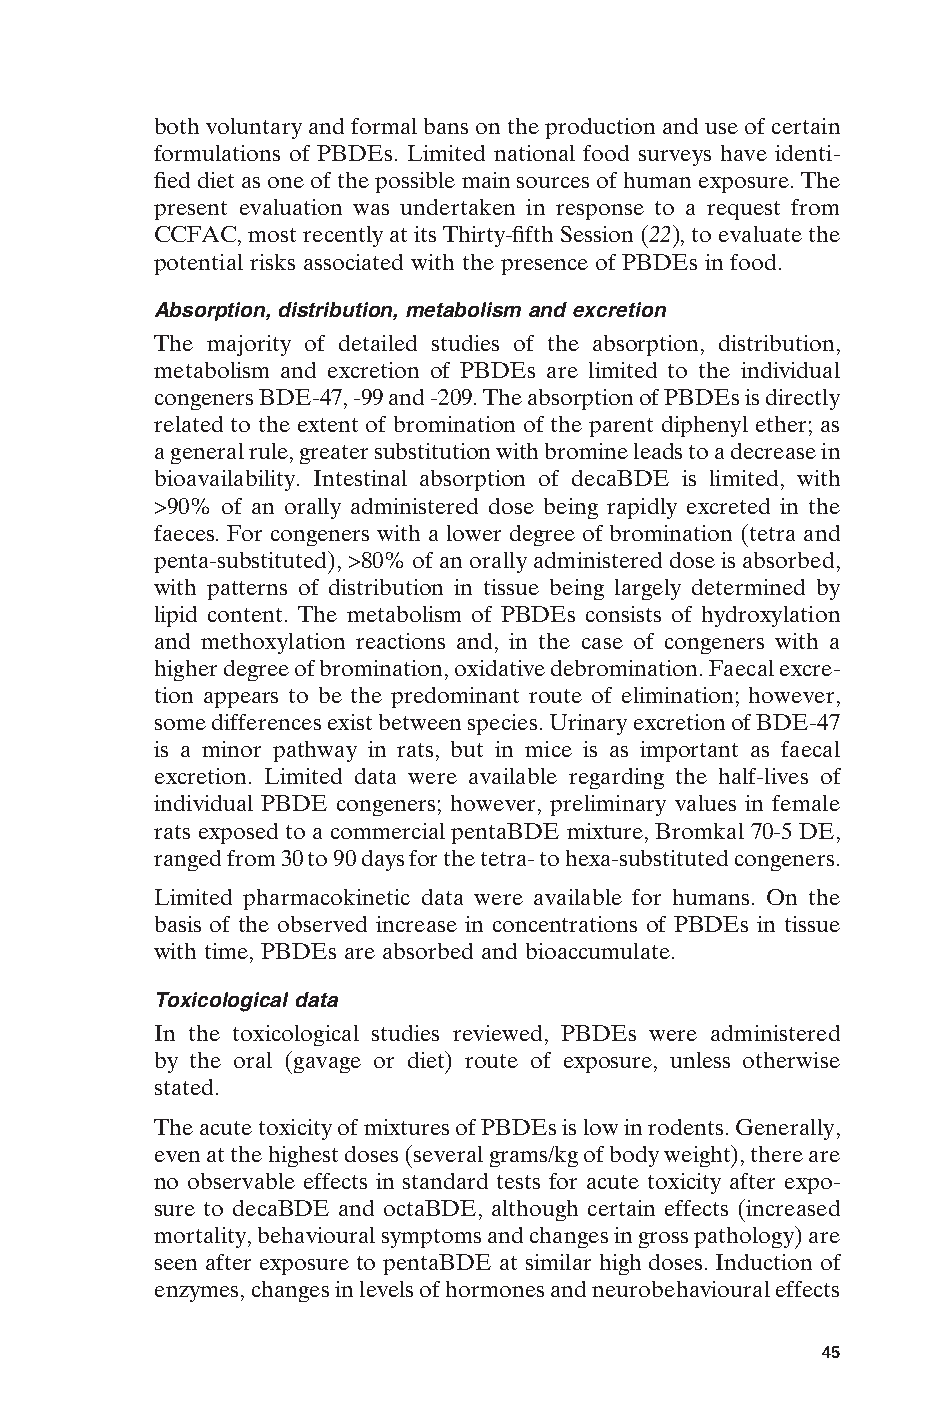
both voluntary and formal bans on the production and use of certain
 formulations of PBDEs. Limited national food surveys have identi-
 fied diet as one of the possible main sources of human exposure. The
 present evaluation was undertaken in response to a request from
 CCFAC, most recently at its Thirty-fifth Session (22), to evaluate the
 potential risks associated with the presence of PBDEs in food.
 Absorption, distribution, metabolism and excretion
 The majority of detailed studies of the absorption, distribution,
 metabolism and excretion of PBDEs are limited to the individual
 congeners BDE-47, -99 and -209. The absorption of PBDEs is directly
 related to the extent of bromination of the parent diphenyl ether; as
 a general rule, greater substitution with bromine leads to a decrease in
 bioavailability. Intestinal absorption of decaBDE is limited, with
 >90% of an orally administered dose being rapidly excreted in the
 faeces. For congeners with a lower degree of bromination (tetra and
 penta-substituted), >80% of an orally administered dose is absorbed,
 with patterns of distribution in tissue being largely determined by
 lipid content. The metabolism of PBDEs consists of hydroxylation
 and methoxylation reactions and, in the case of congeners with a
 higher degree of bromination, oxidative debromination. Faecal excre-
 tion appears to be the predominant route of elimination; however,
 some differences exist between species. Urinary excretion of BDE-47
 is a minor pathway in rats, but in mice is as important as faecal
 excretion. Limited data were available regarding the half-lives of
 individual PBDE congeners; however, preliminary values in female
 rats exposed to a commercial pentaBDE mixture, Bromkal 70-5 DE,
 ranged from 30 to 90 days for the tetra- to hexa-substituted congeners.
 Limited pharmacokinetic data were available for humans. On the
 basis of the observed increase in concentrations of PBDEs in tissue
 with time, PBDEs are absorbed and bioaccumulate.
 Toxicological data
 In the toxicological studies reviewed, PBDEs were administered
 by the oral (gavage or diet) route of exposure, unless otherwise
 stated.
 The acute toxicity of mixtures of PBDEs is low in rodents. Generally,
 even at the highest doses (several grams/kg of body weight), there are
 no observable effects in standard tests for acute toxicity after expo-
 sure to decaBDE and octaBDE, although certain effects (increased
 mortality, behavioural symptoms and changes in gross pathology) are
 seen after exposure to pentaBDE at similar high doses. Induction of
 enzymes, changes in levels of hormones and neurobehavioural effects E
 45
 Untitled-4       45                    12/20/05, 19:53